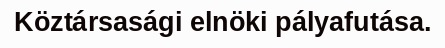
Köztársasági elnöki pályafutása.